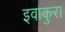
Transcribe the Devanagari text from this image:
इवाकुरा